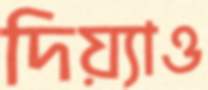
দিয়্যাও